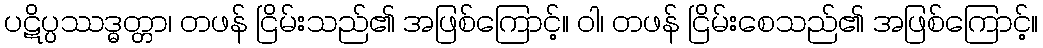
ပဋိပ္ပဿဒ္ဓတ္တာ၊ တဖန် ငြိမ်းသည်၏ အဖြစ်ကြောင့်။ ဝါ၊ တဖန် ငြိမ်းစေသည်၏ အဖြစ်ကြောင့်။